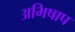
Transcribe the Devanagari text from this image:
अभिषाप